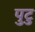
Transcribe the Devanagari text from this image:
पुटु